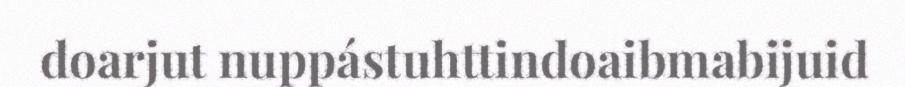
doarjut nuppástuhttindoaibmabijuid